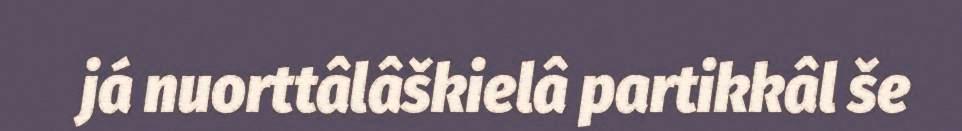
já nuorttâlâškielâ partikkâl še